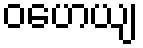
ဝဟေယျ